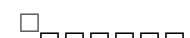
٤